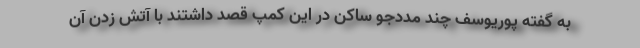
به گفته پوریوسف چند مددجو ساکن در این کمپ قصد داشتند با آتش زدن آن